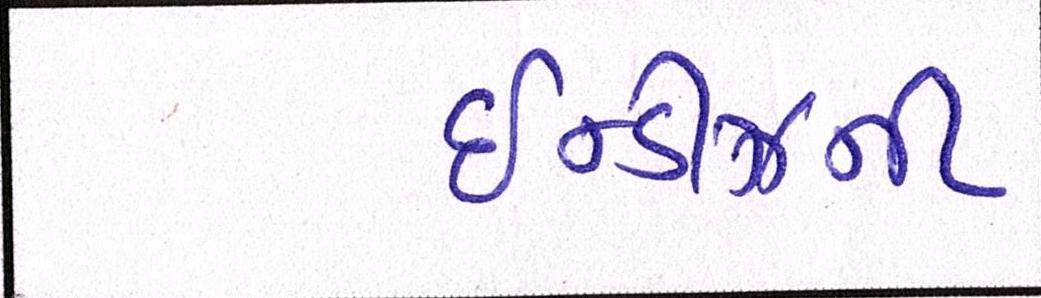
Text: ઇન્ડીઝની